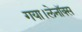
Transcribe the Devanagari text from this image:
गया।लेनॉक्स